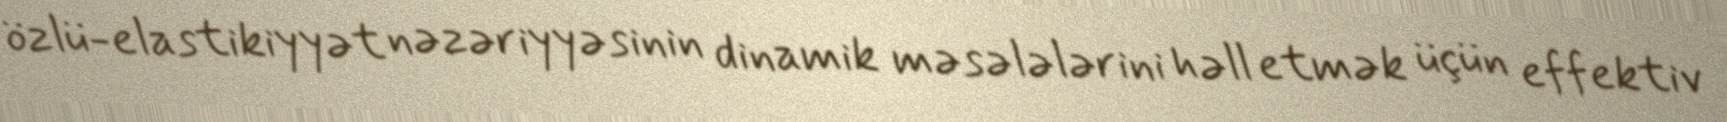
özlü-elastikiyyət nəzəriyyəsinin dinamik məsələlərini həll etmək üçün effektiv